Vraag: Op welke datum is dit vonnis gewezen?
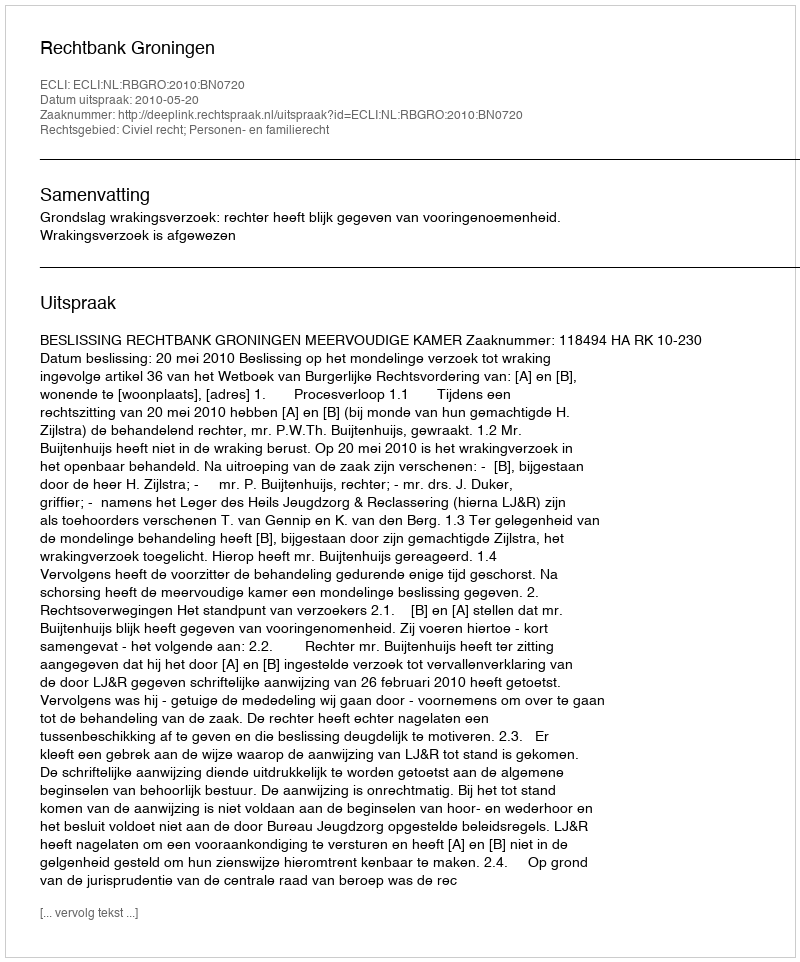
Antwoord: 2010-05-20